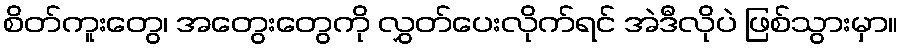
စိတ်ကူးတွေ၊ အတွေးတွေကို လွှတ်ပေးလိုက်ရင် အဲဒီလိုပဲ ဖြစ်သွားမှာ။